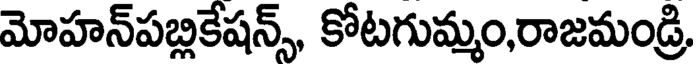
మోహన్పబ్లికేషన్స్, కోటగుమ్మం,రాజమండ్రి,